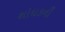
શોધકની